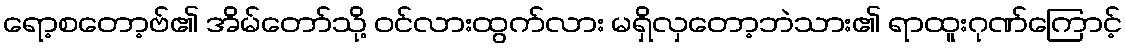
ရော့စတော့ဗ်၏ အိမ်တော်သို့ ဝင်လားထွက်လား မရှိလှတော့ဘဲသား၏ ရာထူးဂုဏ်ကြောင့်